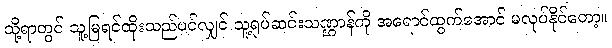
သို့ရာတွင် သူ့မြရင်ထိုးသည်ပင်လျှင် သူ့ရုပ်ဆင်းသဏ္ဌာန်ကို အရောင်ထွက်အောင် မလုပ်နိုင်တော့။